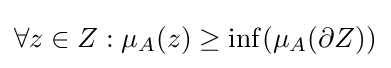
\forall z\in Z:\mu _{A}(z)\geq \inf(\mu _{A}(\partial Z))